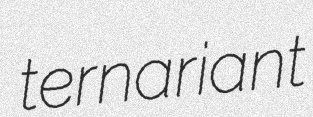
ternariant